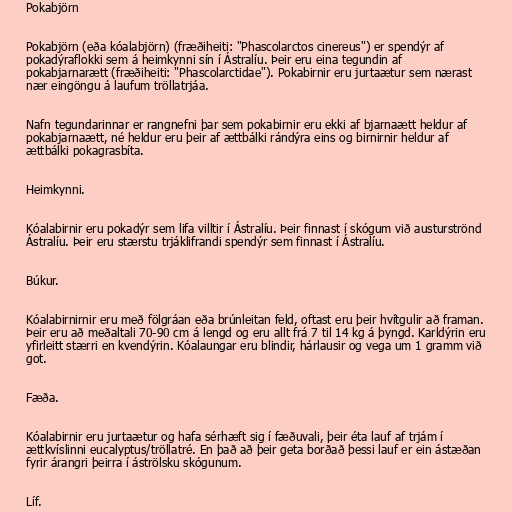
Pokabjörn

Pokabjörn (eða kóalabjörn) (fræðiheiti: "Phascolarctos cinereus") er spendýr af
pokadýraflokki sem á heimkynni sín í Ástralíu. Þeir eru eina tegundin af
pokabjarnarætt (fræðiheiti: "Phascolarctidae"). Pokabirnir eru jurtaætur sem nærast
nær eingöngu á laufum tröllatrjáa.

Nafn tegundarinnar er rangnefni þar sem pokabirnir eru ekki af bjarnaætt heldur af
pokabjarnaætt, né heldur eru þeir af ættbálki rándýra eins og birnirnir heldur af
ættbálki pokagrasbíta.

Heimkynni.

Kóalabirnir eru pokadýr sem lifa villtir í Ástralíu. Þeir finnast í skógum við austurströnd
Ástralíu. Þeir eru stærstu trjáklifrandi spendýr sem finnast í Ástralíu.

Búkur.

Kóalabirnirnir eru með fölgráan eða brúnleitan feld, oftast eru þeir hvítgulir að framan.
Þeir eru að meðaltali 70-90 cm á lengd og eru allt frá 7 til 14 kg á þyngd. Karldýrin eru
yfirleitt stærri en kvendýrin. Kóalaungar eru blindir, hárlausir og vega um 1 gramm við
got.

Fæða.

Kóalabirnir eru jurtaætur og hafa sérhæft sig í fæðuvali, þeir éta lauf af trjám í
ættkvíslinni eucalyptus/tröllatré. En það að þeir geta borðað þessi lauf er ein ástæðan
fyrir árangri þeirra í áströlsku skógunum.

Líf.